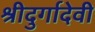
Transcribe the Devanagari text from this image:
श्रीदुर्गादेवी